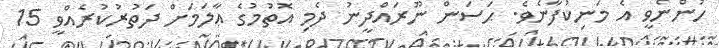
ހުންނެވީ އެ މަނިކުފާނެވެ. ޙަސަން ނޫރައްދީނު ދެމި އޮތުމުގެ ޢާލަމަށް ދަތުރުކުރެއްވީ 15